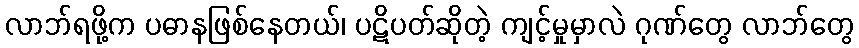
လာဘ်ရဖို့က ပဓာနဖြစ်နေတယ်၊ ပဋိပတ်ဆိုတဲ့ ကျင့်မှုမှာလဲ ဂုဏ်တွေ လာဘ်တွေ